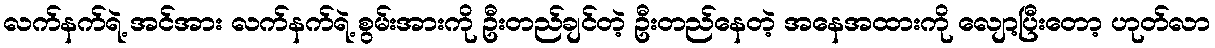
လက်နက်ရဲ့ အင်အား လက်နက်ရဲ့ စွမ်းအားကို ဦးတည်ချင်တဲ့ ဦးတည်နေတဲ့ အနေအထားကို လျော့ပြီးတော့ ဟုတ်လာ